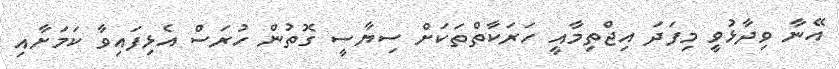
އޭނާ ވިދާޅުވީ މިފަދަ އިޖްތިމާއީ ހަރަކާތްތަކަށް ސިޔާސީ ގޮތުން ހުރަސް އެޅިފައިވާ ކަމަށާއި